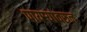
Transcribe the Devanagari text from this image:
पायऱ्यांवरुन